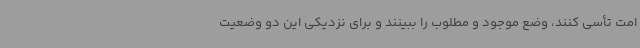
امت تأسی کنند، وضع موجود و مطلوب را ببینند و برای نزدیکی این دو وضعیت